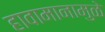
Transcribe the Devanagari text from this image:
हावामानामुळे